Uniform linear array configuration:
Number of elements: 12
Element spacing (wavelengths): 0.25
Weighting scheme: exponential
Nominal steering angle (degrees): -60
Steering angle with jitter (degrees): -58.623
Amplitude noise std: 0.05
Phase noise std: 0.05

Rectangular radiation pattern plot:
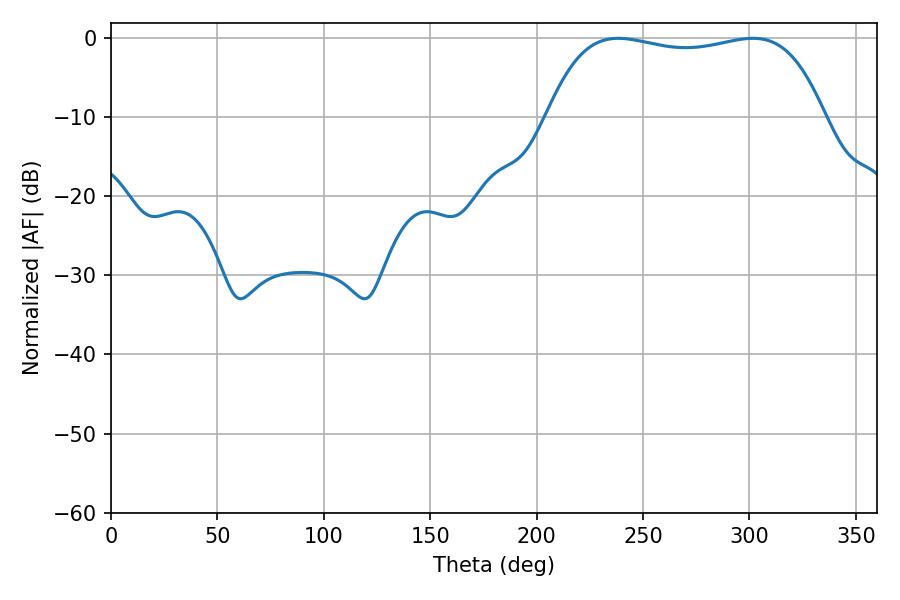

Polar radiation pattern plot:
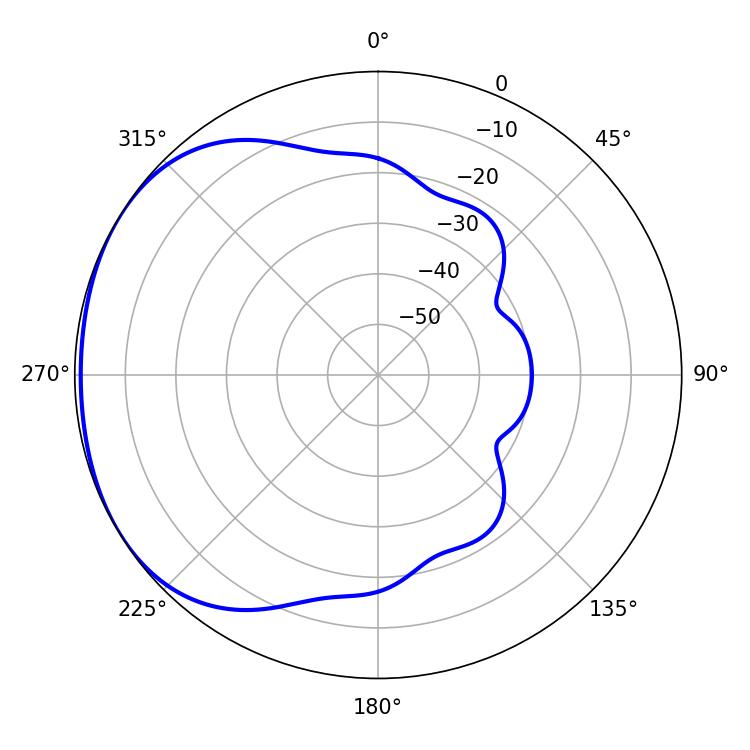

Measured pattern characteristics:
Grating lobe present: FALSE
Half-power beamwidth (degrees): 104.4
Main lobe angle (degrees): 238.32